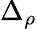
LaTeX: \Delta_{\rho}